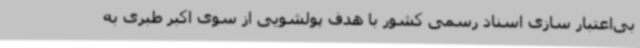
بی‌اعتبار سازی اسناد رسمی کشور با هدف پولشویی از سوی اکبر طبری به